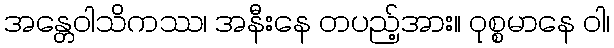
အန္တေဝါသိကဿ၊ အနီးနေ တပည့်အား။ ဝုစ္စမာနေ ဝါ၊